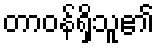
တာဝန်ရှိသူ၏